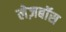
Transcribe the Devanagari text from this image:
लेज़बॉस